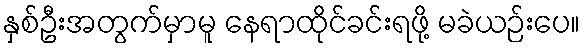
နှစ်ဦးအတွက်မှာမူ နေရာထိုင်ခင်းရဖို့ မခဲယဉ်းပေ။